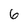
Character: 6